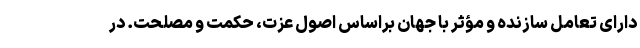
دارای تعامل سازنده و مؤثر با جهان براساس اصول عزت، حکمت و مصلحت. در